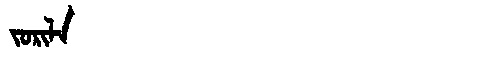
Manchu: ᠵᠣᡵᡳᠯᠠ
Romanization: JORILA